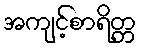
အကျင့်စာရိတ္တ